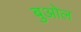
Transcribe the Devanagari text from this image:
बुओल